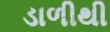
ડાળીથી